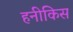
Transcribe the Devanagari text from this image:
हनीकिस